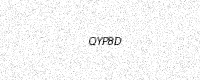
Text: QYP8D